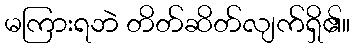
မကြားရဘဲ တိတ်ဆိတ်လျက်ရှိ၏။